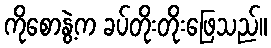
ကိုစောနွဲ့က ခပ်တိုးတိုးဖြေသည်။